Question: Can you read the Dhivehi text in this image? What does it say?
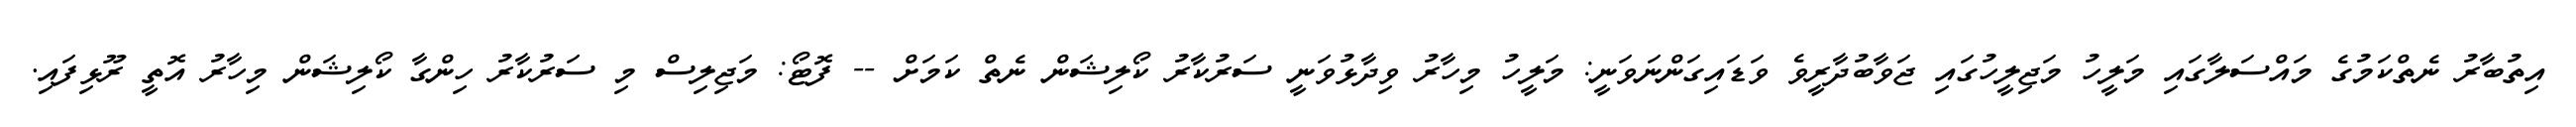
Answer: އިތުބާރު ނެތްކަމުގެ މައްސަލާގައި މަލީހު މަޖިލީހުގައި ޖަވާބުދާރީވެ ވަޑައިގަންނަވަނީ: މަލީހު މިހާރު ވިދާޅުވަނީ ސަރުކާރު ކޯލިޝަން ނެތް ކަމަށް -- ފޮޓޯ: މަޖިލިސް މި ސަރުކާރު ހިންގާ ކޯލިޝަން މިހާރު އޮތީ ރޫޅިފައި.